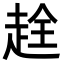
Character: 𧻤